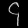
Digit: ၄